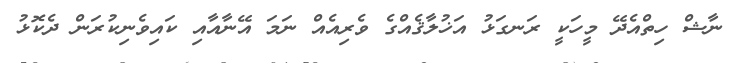
ނާޝް ހިތްއެދޭ މީހަކީ ރަނގަޅު އަޚުލާޤެއްގެ ވެރިއެއް ނަމަ އޭނާއާއި ކައިވެނިކުރަން ދެކޮޅު